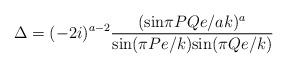
LaTeX: \begin{align*}\Delta=(-2i)^{a-2}\frac{(\mbox{sin}\pi PQe/ak)^{a}}{\mbox{sin}(\pi Pe/k)\mbox{sin}(\pi Qe/k)}\end{align*}